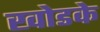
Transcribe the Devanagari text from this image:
खोडके